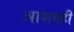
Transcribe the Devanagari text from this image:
आशयही